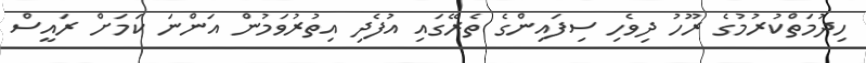
ހިދުމަތްކުރުމުގެ ރޫހު ދިވެހި ސިފައިންގެ ތެރޭގައި އުފެދި އިތުރުވަމުން އަންނަ ކަމަށް ރައީސް